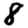
Digit: 8